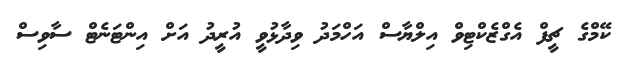
ކޭމްގެ ޗީފް އެގްޒެކްޓިވް އިލްޔާސް އަހްމަދު ވިދާޅުވީ އުރީދު އަށް އިންޓަނެޓް ސާވިސް